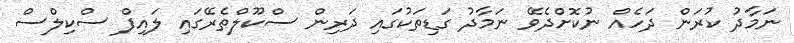
ނަމާދު ކުރަން ދަހެއް ނުކޮށްދެވޭ ނަމާދު ގަޑިތަކުގައި ދަރިން ސްކޫލްތެރޭގައި ލައިފް ސްކިލްސް